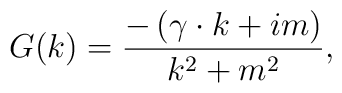
G(k)=\frac{-\left(\gamma \cdot k+im\right)}{k^{2}+m^{2}},